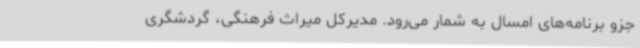
جزو برنامه‌های امسال به شمار می‌رود. مدیرکل میراث فرهنگی، گردشگری